Report of the Municipal Commissioner on the plague in Bombay for the year ending 31st May... - Volume 2
Disease focus: Plague
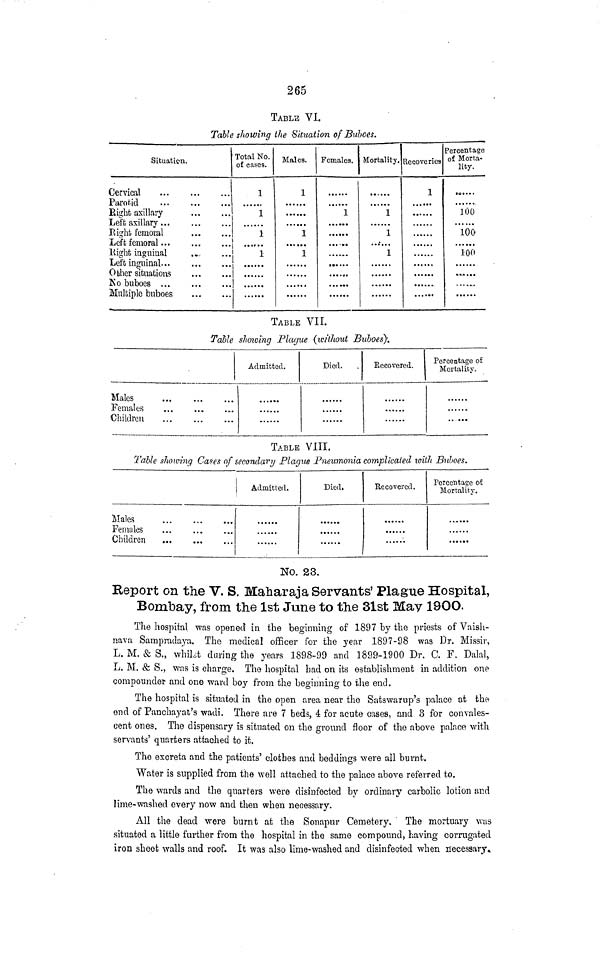
265
TABLE VI.
Table showing the Situation of Buboes.
Situation.
Cervical
Parotid
Rifichfc axillary
Rioiifc femoral
liijjbfc inguinal
.»
Total No.
of eases.
1
1 x
1
1
Males.
1
1
1
Females.
1
Mortality.
1
1
1
Recoveries
1
Percentage
of Morta-
lity.
100
100'
100
TABLE VII.
Table sJioioing Plague (tcithout BuboesJ.
Males
lemales
lyhuureu
Admitted.
Died.
Eecovered.
Percentage of
Mortality.
TABLE VIII.
Table showing Cases of secondary Plaque Pneumonia complicated loitli Buboes.
Males
Females
Children
Admitted.
i
Died.
Recovered.
Percentage oil
Mortality.
•••••*
No. 23.
Report on the V. S. Maharaja Servants' Plague Hospital,
Bombay, from the 1st June to the 31st 3£av 19OO,
The hospital was opened in the beginning of 1897 by the priests of Vaish-
nava Sampradaya. The medical officer for the year 1897-98 was Dr. Missir,
L. M. & S., wiiiU daring the years 1898-99 and 1899-1900 Dr. C. F. Dalai,
L. M. & S., was is charge. The hospital had on its establishment in addition one
compounded and one ward boy from the beginning to the end.
The hospital is situated in the open area near the Satswarup's palace at the
end of Panchayat's wadi. There are 7 beds, 4 for acute cases, and 3 for convales-
cent ones. The dispensary is situated on the ground floor of the above palace with
servants' quarters attached to it.
Tho excreta and the patients' clothes and beddings were all burnt.
Water is supplied from the well attached to the palace above referred to.
The wards and the quarters were disinfected by ordinary carbolic lotion and
lime-washed every now and then when necessary.
All the dead were burnt at the Sonapur Cemetery. ' The mortuary was
situated a little further from the hospital in the same compound, having corrugated
iron sheet walls and roof. It was also lime-washed and disinfected when necessary*